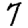
Digit: 7